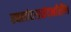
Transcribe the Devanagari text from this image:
स्थलांतरासंदर्भातील